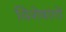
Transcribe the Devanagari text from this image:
विशेषांगों